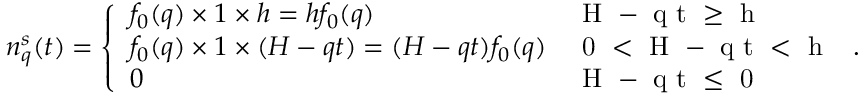
\begin{array} { r } { n _ { q } ^ { s } ( t ) = \left\{ \begin{array} { l l } { f _ { 0 } ( q ) \times 1 \times h = h f _ { 0 } ( q ) } & { \mathrm { ~ H ~ - ~ q ~ t ~ \geq ~ h ~ } } \\ { f _ { 0 } ( q ) \times 1 \times ( H - q t ) = ( H - q t ) f _ { 0 } ( q ) } & { \mathrm { ~ 0 ~ < ~ H ~ - ~ q ~ t ~ < ~ h ~ } } \\ { 0 } & { \mathrm { ~ H ~ - ~ q ~ t ~ \leq ~ 0 ~ } } \end{array} \right. . } \end{array}